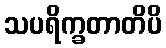
သပရိက္ခတာတိပိ